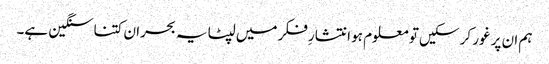
ہم ان پر غور کر سکیں تو معلوم ہو انتشارِ فکر میں لپٹا یہ بحران کتنا سنگین ہے۔